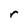
Character: r